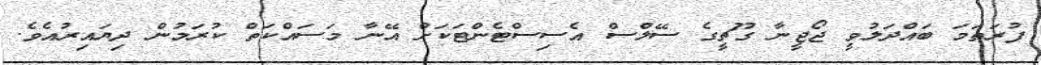
ފުރަތަމަ ބައްދަލުވީ ޖޯޖީނާ ގޫޗީގެ ސޭލްސް އެސިސްޓެންޓަކަށް އޭނާ މަސައްކަތް ކުރަމުން ދިޔައިރުއެވެ.